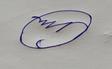
Signature authenticity: forged